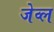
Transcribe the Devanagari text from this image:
जेव्ल